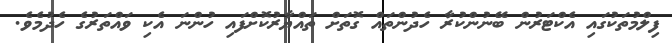
ފިލްމުތަކުގައި އެކްޓަރުން ބޭނުންކުރާ ހެދުންތައް ގޮތަށް ތައްޔާރުކޮށްފައި ހުންނަ އެކި ވައްތަރުގެ ހެދުމެވެ.